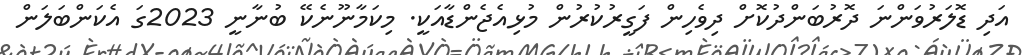
އަދި ޑޮލަރުވަންނަ ދޮރުބަންދުކޮށް ދިވެހިން ފަގީރުކުރުން މުޅިއެޖެންޑާއަކީ. މިކަމާނޫނެކޭ ބުނާނީ 2023ގަ އެކަންބަލަން